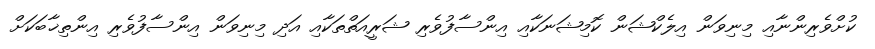
ކުށްވެރިންނާއި މިނިވަން އިލެކްޝަން ކޮމިޝަނަކާއި އިންސާފުވެރި ޝަރީއަތްތަކާއި އަދި މިނިވަން އިންސާފުވެރި އިންތިޚާބަކަށް